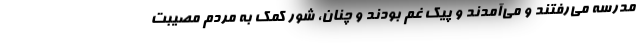
مدرسه مي‌رفتند و مي‌آمدند و پيك غم بودند و چنان، شور كمك به مردم مصيبت